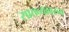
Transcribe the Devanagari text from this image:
सातव्यावरुन